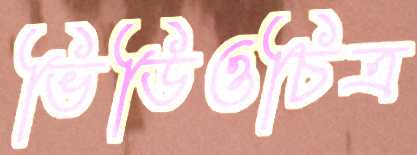
ভিডিওচিত্র